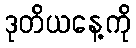
ဒုတိယနေ့ကို